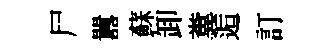
尸囂蘇卸糞逅訂